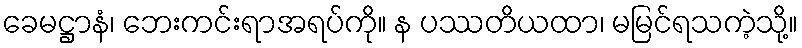
ခေမဋ္ဌာနံ၊ ဘေးကင်းရာအရပ်ကို။ န ပဿတိယထာ၊ မမြင်ရသကဲ့သို့။